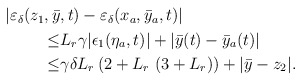
\begin{align*}\begin{aligned}|\varepsilon_\delta(z_1,\bar{y}&,t)-\varepsilon_\delta(x_a,\bar{y}_a,t)| \\\le&L_r \gamma |\epsilon_1(\eta_a,t)|+ |\bar{y}(t)-\bar{y}_a(t)| \\\le& \gamma \delta L_r \left(2 + L_r\ ( 3 + L_r)\right) + |\bar{y}-z_2|.\end{aligned}\end{align*}